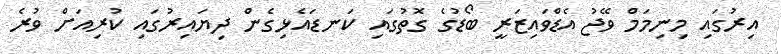
އިރުގައި މިނިމަމް ވޭޖު އެޑްވައިޒަރީ ބޯޑުގެ ގޮތުގައި ކަނޑައެޅިގެން ދިޔައިރުގައި ކުރިއަށް ވުރެ